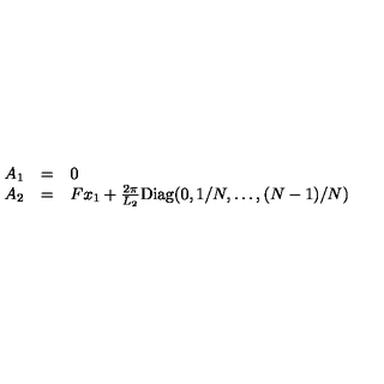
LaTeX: \begin{array} { l l l } { A _ { 1 } } & { = } & { 0 } \\ { A _ { 2 } } & { = } & { F x _ { 1 } + \frac { 2 \pi } { L _ { 2 } } \mathrm { D i a g } ( 0 , 1 / N , \ldots , ( N - 1 ) / N ) } \\ \end{array}